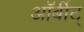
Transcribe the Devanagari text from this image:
ऑर्बीट्